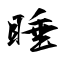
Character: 睡